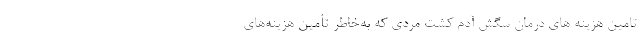
تامین هزینه های درمان سگش آدم کشت مردی که به‌خاطر تأمین هزینه‌های